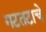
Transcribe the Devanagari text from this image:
गटतटाचे